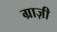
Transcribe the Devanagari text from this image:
ग्राज़ी